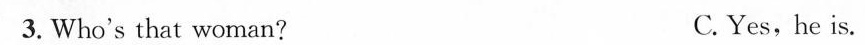
3.Who's that woman? C. Yes,he is.